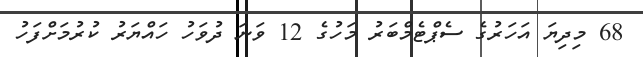
68 މިދިޔަ އަހަރުގެ ސެޕްޓެމްބަރު މަހުގެ 12 ވަނަ ދުވަހު ހައްޔަރު ކުރުމަށްފަހު